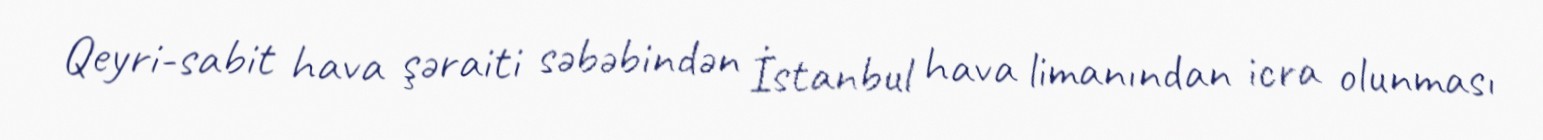
Qeyri-sabit hava şəraiti səbəbindən İstanbul hava limanından icra olunması